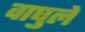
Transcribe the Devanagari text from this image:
वाघुले